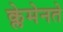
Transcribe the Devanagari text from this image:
क्लेमेनते